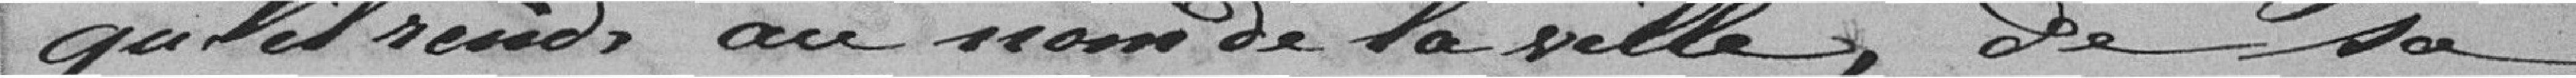
Prends are nowde la ville, de do